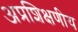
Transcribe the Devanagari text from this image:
अप्रशिक्षणीय